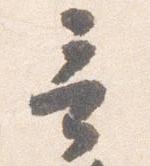
言